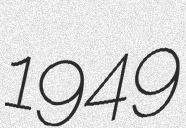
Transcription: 1949